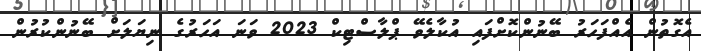
އެގޮތުން އެއްފަހަރު ބޭނުންކޮށްފައި އުކާލެވޭ ޕްލާސްޓިކް 2023 ވަނަ އަހަރުގެ ނިޔަލަށް ބޭނުންކުރުން